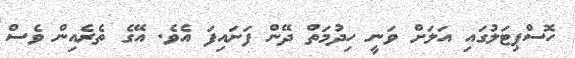
ހޮސްޕިޓަލުގައި އަލަށް ވަނީ ހިދުމަތް ދޭން ފަށައިފަ އެވެ. އޭގެ ތެރެއިން ވެސް